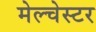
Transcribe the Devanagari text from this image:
मेल्चेस्टर